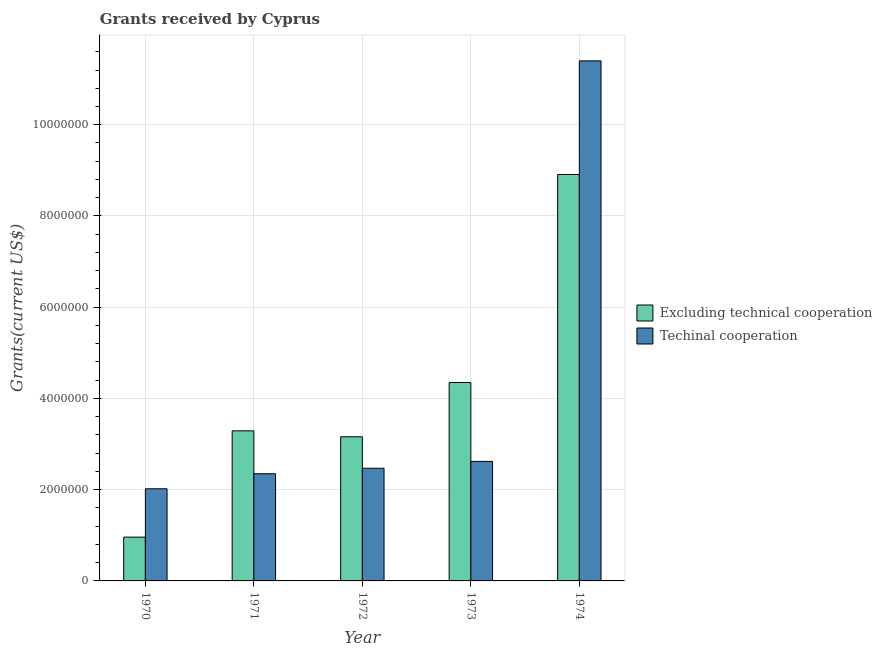
| Year | Excluding technical cooperation | Techinal cooperation |
 | --- | --- | --- |
 | 1970 | 9.6e+05 | 2.02e+06 |
 | 1971 | 3.29e+06 | 2.35e+06 |
 | 1972 | 3.16e+06 | 2.47e+06 |
 | 1973 | 4.35e+06 | 2.62e+06 |
 | 1974 | 8.91e+06 | 1.14e+07 |